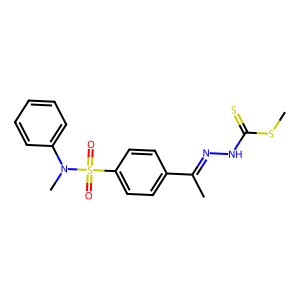
SMILES: CSC(=S)NN=C(C)c1ccc(S(=O)(=O)N(C)c2ccccc2)cc1
Inhibits HIV replication: No